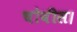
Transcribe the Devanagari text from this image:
चोवीस।